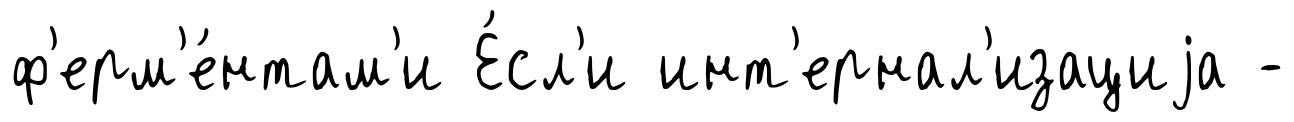
ф'ерм'е́нтам'и Е́сл'и инт'ернал'изациjа -